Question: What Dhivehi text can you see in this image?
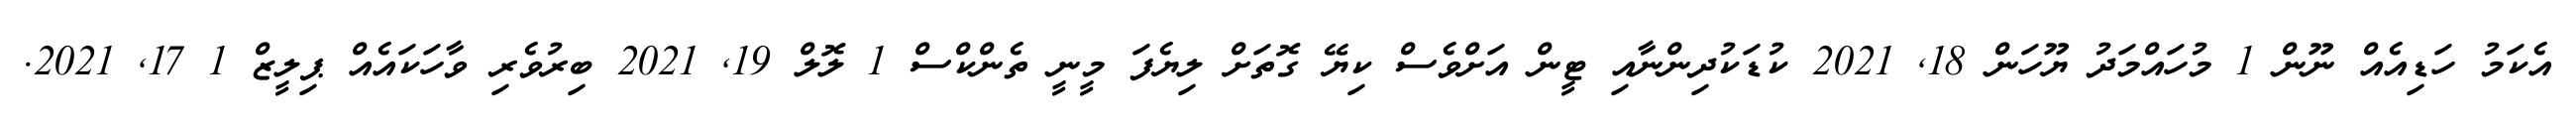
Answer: އެކަމު ހަޑިއެއް ނޫން 1 މުހައްމަދު ޔޫހަން 18, 2021 ކުޑަކުދިންނާއި ޓީން އަށްވެސް ކިޔޭ ގޮތަށް ލިޔެފަ މީނީ ތެންކްސް 1 ލޮލް 19, 2021 ބިރުވެރި ވާހަކައެއް ޕިލީޒް 1 17, 2021.